Document type: Sale
Year: 1499
Scribe: Joan Martínez de Sòria
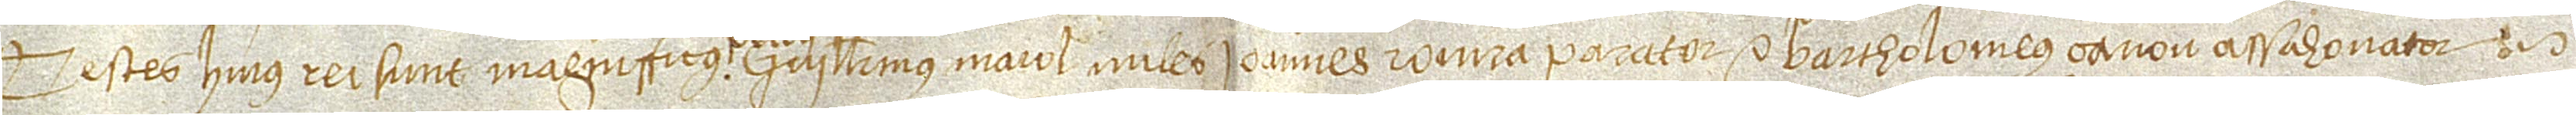
Testes huius rei sunt: Magnificus Guillermus Maiol, miles, Ioannes Rovira, parator, et Bartholomeus Çanou, assahonador.